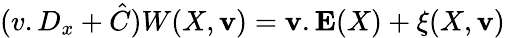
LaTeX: (v.D_{x}+\hat{C})W(X,{\mathbf v})={\mathbf v}.{\mathbf E}(X)+\xi(X,{\mathbf v})